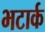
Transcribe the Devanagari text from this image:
भटार्क